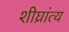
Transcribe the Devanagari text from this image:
शीघ्रांत्य